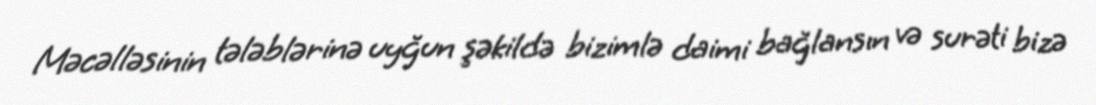
Məcəlləsinin tələblərinə uyğun şəkildə bizimlə daimi bağlansın və surəti bizə